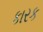
કારક